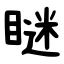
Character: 瞇